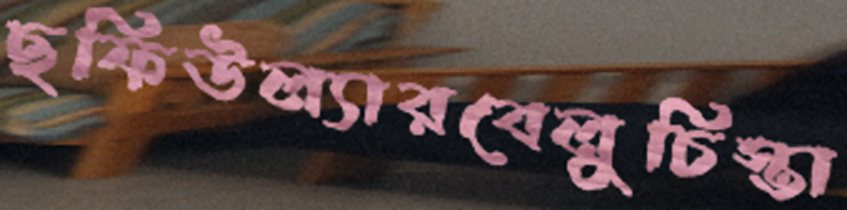
ছফিউল্যারবেলুচিস্তা